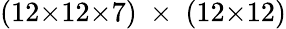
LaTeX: (12{\times}12{\times}7)~\times~(12{\times}12)